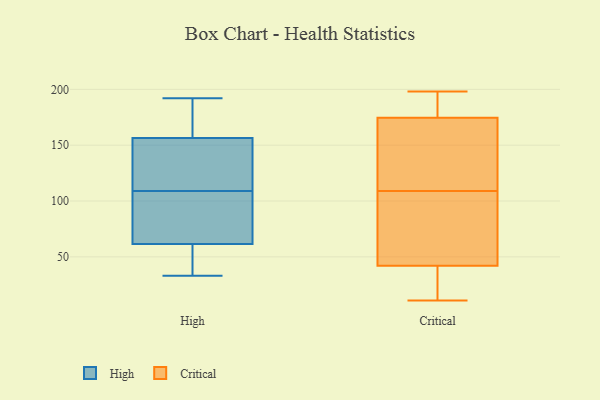
{"axis": {"x": "Satisfaction Score", "y": "Value"}, "legend": ["Critical", "High"], "data": [{"x": "", "y": 149, "type": "High"}, {"x": "", "y": 137, "type": "High"}, {"x": "", "y": 87, "type": "High"}, {"x": "", "y": 59, "type": "High"}, {"x": "", "y": 132, "type": "High"}, {"x": "", "y": 170, "type": "High"}, {"x": "", "y": 159, "type": "High"}, {"x": "", "y": 145, "type": "High"}, {"x": "", "y": 178, "type": "High"}, {"x": "", "y": 72, "type": "High"}, {"x": "", "y": 164, "type": "High"}, {"x": "", "y": 109, "type": "High"}, {"x": "", "y": 192, "type": "High"}, {"x": "", "y": 33, "type": "High"}, {"x": "", "y": 50, "type": "High"}, {"x": "", "y": 36, "type": "High"}, {"x": "", "y": 60, "type": "High"}, {"x": "", "y": 66, "type": "High"}, {"x": "", "y": 67, "type": "High"}, {"x": "", "y": 131, "type": "Critical"}, {"x": "", "y": 53, "type": "Critical"}, {"x": "", "y": 129, "type": "Critical"}, {"x": "", "y": 191, "type": "Critical"}, {"x": "", "y": 107, "type": "Critical"}, {"x": "", "y": 11, "type": "Critical"}, {"x": "", "y": 76, "type": "Critical"}, {"x": "", "y": 197, "type": "Critical"}, {"x": "", "y": 33, "type": "Critical"}, {"x": "", "y": 111, "type": "Critical"}, {"x": "", "y": 179, "type": "Critical"}, {"x": "", "y": 40, "type": "Critical"}, {"x": "", "y": 198, "type": "Critical"}, {"x": "", "y": 80, "type": "Critical"}, {"x": "", "y": 152, "type": "Critical"}, {"x": "", "y": 20, "type": "Critical"}, {"x": "", "y": 170, "type": "Critical"}, {"x": "", "y": 44, "type": "Critical"}, {"x": "", "y": 182, "type": "Critical"}, {"x": "", "y": 39, "type": "Critical"}]}